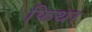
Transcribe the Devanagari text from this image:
फिथा